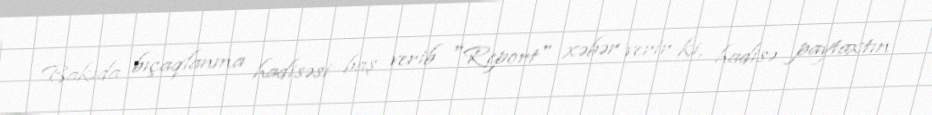
Bakıda bıçaqlanma hadisəsi baş verib "Report" xəbər verir ki, hadisə paytaxtın